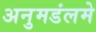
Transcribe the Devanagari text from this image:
अनुमडंलमे